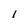
Character: l